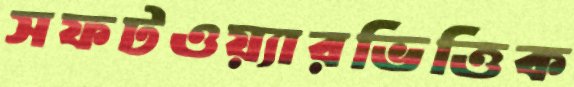
সফটওয়্যারভিত্তিক